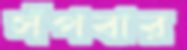
সঁপবার